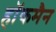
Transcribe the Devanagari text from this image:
हाॅकमैन